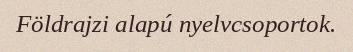
Földrajzi alapú nyelvcsoportok.